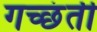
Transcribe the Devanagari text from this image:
गच्छंती